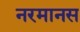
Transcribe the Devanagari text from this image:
नरमानस